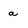
Character: a